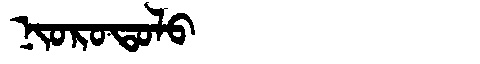
Manchu: ᠨᡳᠣᡵᠣᡨᠣᠯᠣ
Romanization: NIOROTOLO